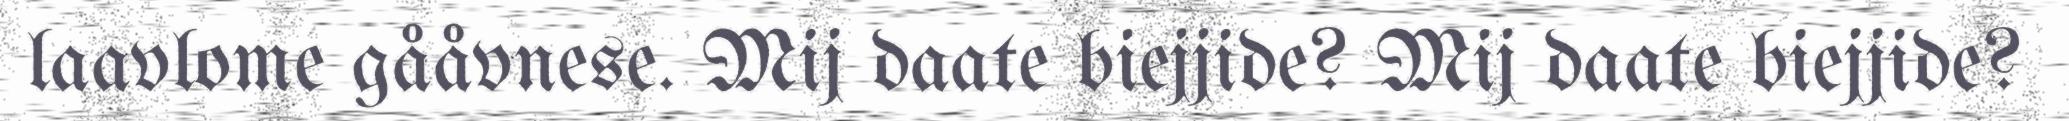
laavlome gååvnese. Mij daate biejjide? Mij daate biejjide?